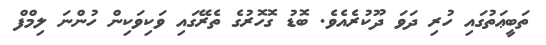
ތަބީޢަތުގައި ހުރި ދަވަ ދޫކުރެއެވެ. ބޮޑު ގޮހޮރުގެ ތެރޭގައި ވަކިވަކިން ހުންނަ ލިމްފް